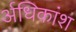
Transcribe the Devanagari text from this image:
र्अधिकांश